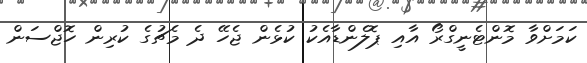
ކަމަށްވާ މޮންޓެނީގްރޯ އާއި ޕޮލެންޑާއެކު ކުޅެން ޖެހޭ ދެ މެޗުގެ ކުރިން ހޮޖްސަން